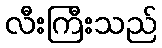
လီးကြီးသည်